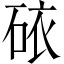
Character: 𥑴